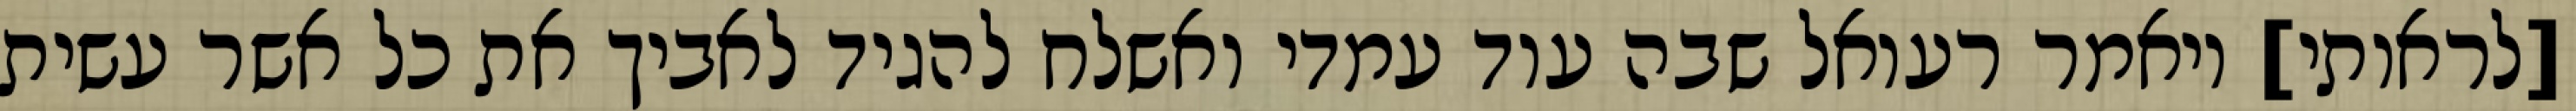
[לראותי] ויאמר רעואל שבה עוד עמדי ואשלח להגיד לאביך את כל אשר עשית